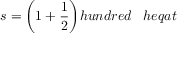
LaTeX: s = { \bigg ( } 1 + { \frac { 1 } { 2 } } { \bigg ) } h u n d r e d \; \; \; h e q a t